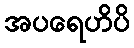
အပရေဟိပိ